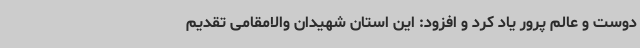
دوست و عالم پرور یاد کرد و افزود: این استان شهیدان والامقامی تقدیم